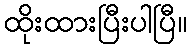
ထိုးထားပြီးပါပြီ။